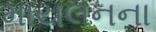
માયલનના